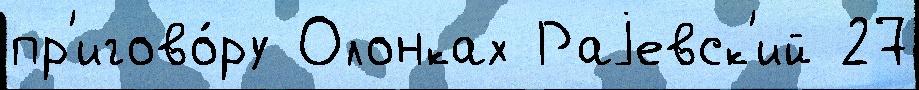
пр'игово́ру Олонках Раjевск'ий 27